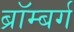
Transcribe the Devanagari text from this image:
ब्रॉम्बर्ग